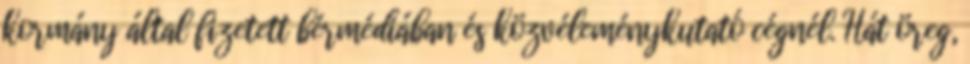
kormány által fizetett bérmédiában és közvéleménykutató cégnél. Hát öreg,